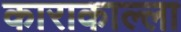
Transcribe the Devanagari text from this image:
काराकाल्ला